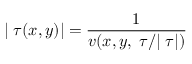
\vert \triangledown \tau ( x , y ) \vert = \frac { 1 } { v ( x , y , \triangledown \tau / | \triangledown \tau | ) }